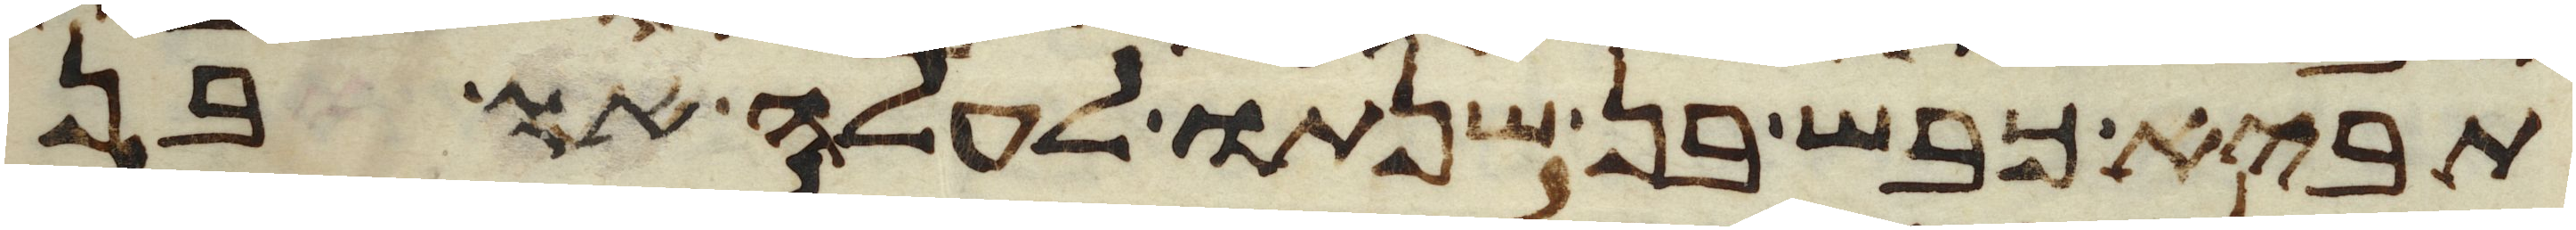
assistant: תביא כבש בן שנתו לעלה או בן